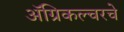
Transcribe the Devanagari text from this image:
अॅग्रिकल्चरचे